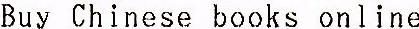
BUY CHINESE BOOKS ONLINE